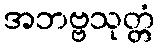
အဘဗ္ဗသုတ္တံ